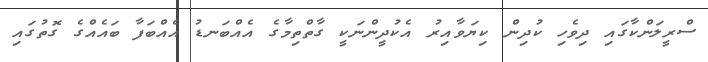
ސްރީލަންކާގައި ދިވެހި ކުދިން ކިޔަވާއިރު އެކުދީންނަކީ ގާތްތިމާގެ އެއްބަނޑު އެއްބަފާ ބައެއްގެ ގޮތުގައި